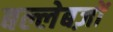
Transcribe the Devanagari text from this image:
बल्लेबज़ों